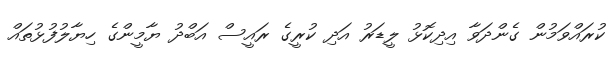
ކުރައްވަމުން ގެންދަވާ އިދިކޮޅު ލީޑަރު އަދި ކުރީގެ ރައީސް އަބްދު ޔާމީންގެ ހިޔާލުފުޅުތައް